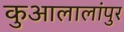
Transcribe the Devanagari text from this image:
कुआलालांपुर